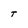
Character: T